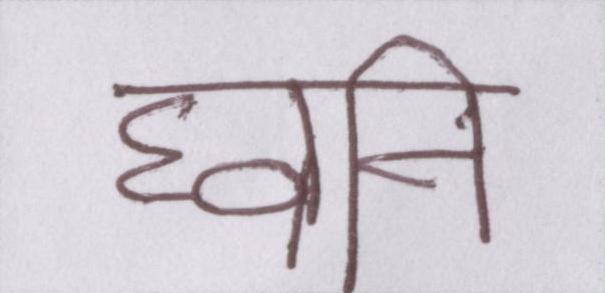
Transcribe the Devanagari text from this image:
घ्वनि